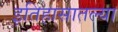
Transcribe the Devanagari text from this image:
इतिहासातल्या